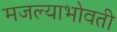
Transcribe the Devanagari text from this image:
मजल्याभोवती